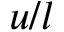
u / l